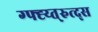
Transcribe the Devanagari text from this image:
ग्फ्ह्य्त्रुत्द्स